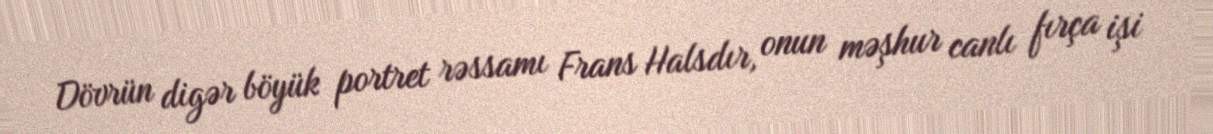
Dövrün digər böyük portret rəssamı Frans Halsdır, onun məşhur canlı fırça işi